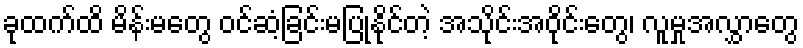
ခုထက်ထိ မိန်းမတွေ ဝင်ဆံ့ခြင်းမပြုနိုင်တဲ့ အသိုင်းအဝိုင်းတွေ၊ လူမှုအလွှာတွေ